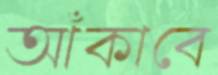
আঁকাবে